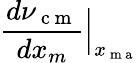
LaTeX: \frac{d\nu_{\mathrm{~c~m~}}}{dx_{m}}\Big|_{x_{\mathrm{~m~a~}}}